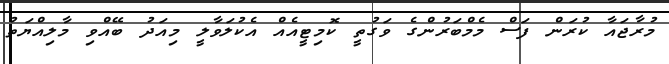
މުރާޖައާ ކުރަން ފަސް މެމްބަރުންގެ ވަގުތީ ކޮމިޓީއެއް އެކުލަވާލީ މިއަދު ބޭއްވި މާލިއްޔަތު